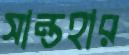
সান্তহার